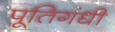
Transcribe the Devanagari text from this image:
पूतिगंधी